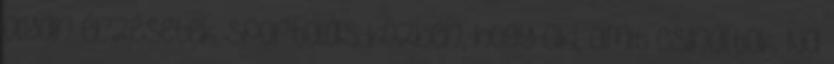
olyan érzésetek sportolás közben, hogy ciki, amit csináltok. Na